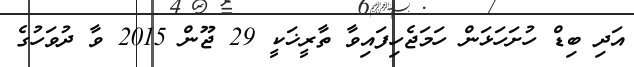
އަދި ބިޑް ހުށަހަޅަން ހަމަޖެހިފައިވާ ތާރީޚަކީ 29 ޖޫން 2015 ވާ ދުވަހުގެ